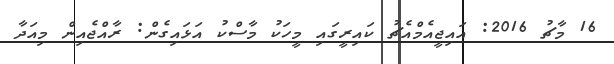
16 މާޗު 2016: އައިޖީއެމްއެޗު ކައިރީގައި މީހަކު މާސްކު އަޅައިގެން: ރާއްޖެއިން މިއަދާ